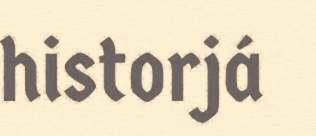
historjá